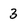
Character: 3